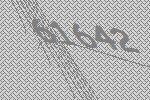
61642